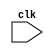
`timescale 1ns / 1ps
//////////////////////////////////////////////////////////////////////////////////
// Company: 
// Engineer: 
// 
// Design Name: 
// Module Name: round_ball
// Project Name: 
// Target Devices: 
// Tool Versions: 
// Description: 
// 
// Dependencies: 
// 
// Revision:
// Revision 0.01 - File Created
// Additional Comments:
// 
//////////////////////////////////////////////////////////////////////////////////


module round_ball(
   input clk

    );
    reg[11:0] counterX;
    reg [11:0] counterY;
    
        
        
      
    
endmodule